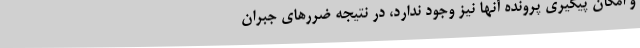
و امکان پیگیری پرونده آنها نیز وجود ندارد، در نتیجه ضررهای جبران